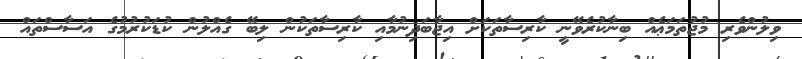
ވިލުންވެރި މުޖުތަމަޢެއް ބިނާކުރެވޭނީ ކާރިސާތަކަށް އިޖާބަދިނުމާއި ކާރިސާތަކުން ލިބޭ ގެއްލުން ކުޑަކުރުމުގެ އަސާސްތައް